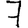
Digit: 7